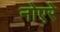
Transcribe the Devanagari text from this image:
नोएरे